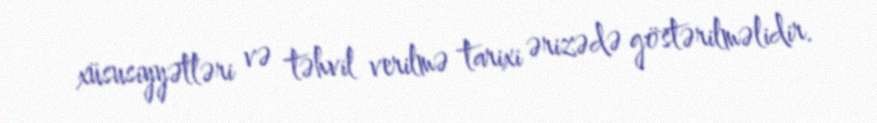
xüsusiyyətləri və təhvil verilmə tarixi ərizədə göstərilməlidir.